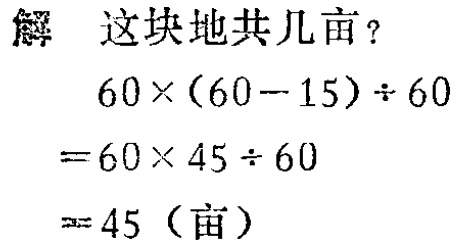
解 这块地共几亩？

\[

\begin{align*}

&60\times(60 - 15)\div60\\

=&60\times45\div60\\

=&45 (\text{亩})

\end{align*}

\]